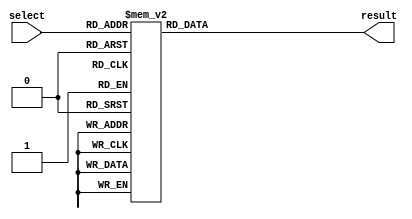
module full_case_statement (
  input [2:0] select,
  output reg [3:0] result
);

always @ (*)
begin
  case (select)
    3'b000: result = 4'b0000;  // case when select is 000
    3'b001: result = 4'b0001;  // case when select is 001
    3'b010: result = 4'b0010;  // case when select is 010
    3'b011: result = 4'b0011;  // case when select is 011
    3'b100: result = 4'b0100;  // case when select is 100
    3'b101: result = 4'b0101;  // case when select is 101
    3'b110: result = 4'b0110;  // case when select is 110
    3'b111: result = 4'b0111;  // case when select is 111
  endcase
end

endmodule